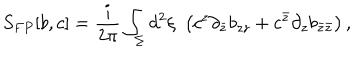
S _ { F P } [ b , c ] = \frac { i } { 2 \pi } \int _ { \Sigma } d ^ { 2 } \xi \, \, \left( c ^ { z } \partial _ { \bar { z } } b _ { z z } + c ^ { \bar { z } } \partial _ { z } b _ { \bar { z } \bar { z } } \right) ,